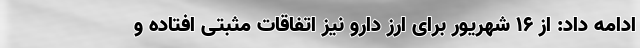
ادامه داد: از ۱۶ شهریور برای ارز دارو نیز اتفاقات مثبتی افتاده و